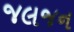
જલજન